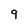
Character: 9